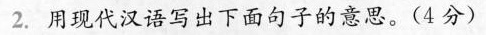
2.用现代汉语写出下面句子的意思。（4分）